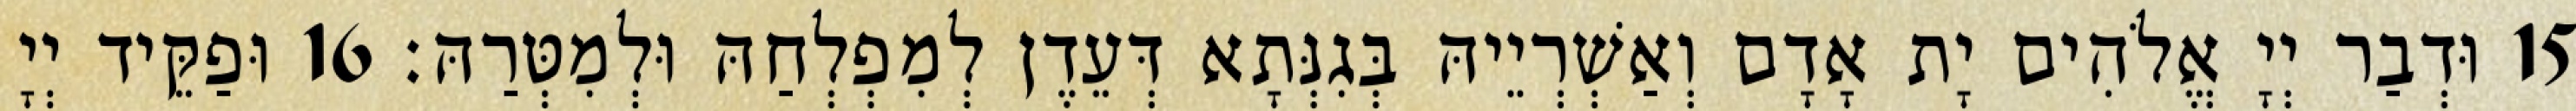
15 וּדְבַר יְיָ אֱלֹהִים יָת אָדָם וְאַשְׁרְיֵיהּ בְּגִנְּתָא דְּעֵדֶן לְמִפְלְחַהּ וּלְמִטְּרַהּ׃ 16 וּפַקֵּיד יְיָ